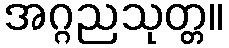
အဂ္ဂညသုတ္တ။